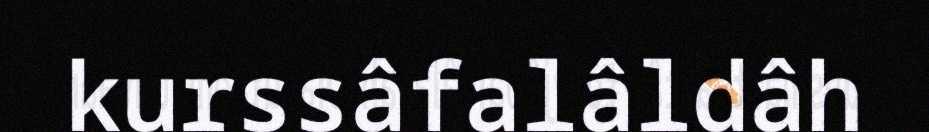
kurssâfalâldâh